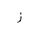
Letter: _zay